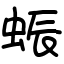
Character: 蜄